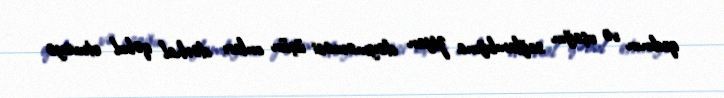
qadının və uşağın sağlamlığına ziyan dəyməməsi üçün onları dərhal qəbul etməyə